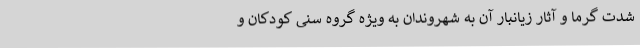
شدت گرما و آثار زیانبار آن به شهروندان به ویژه گروه سنی کودکان و